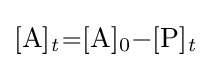
{\ce {[A]_{\mathit {t}}=[A]0-[P]_{\mathit {t}}}}